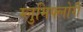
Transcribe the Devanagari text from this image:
ग्लुमिफ्लोरी